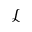
\mathcal { L }